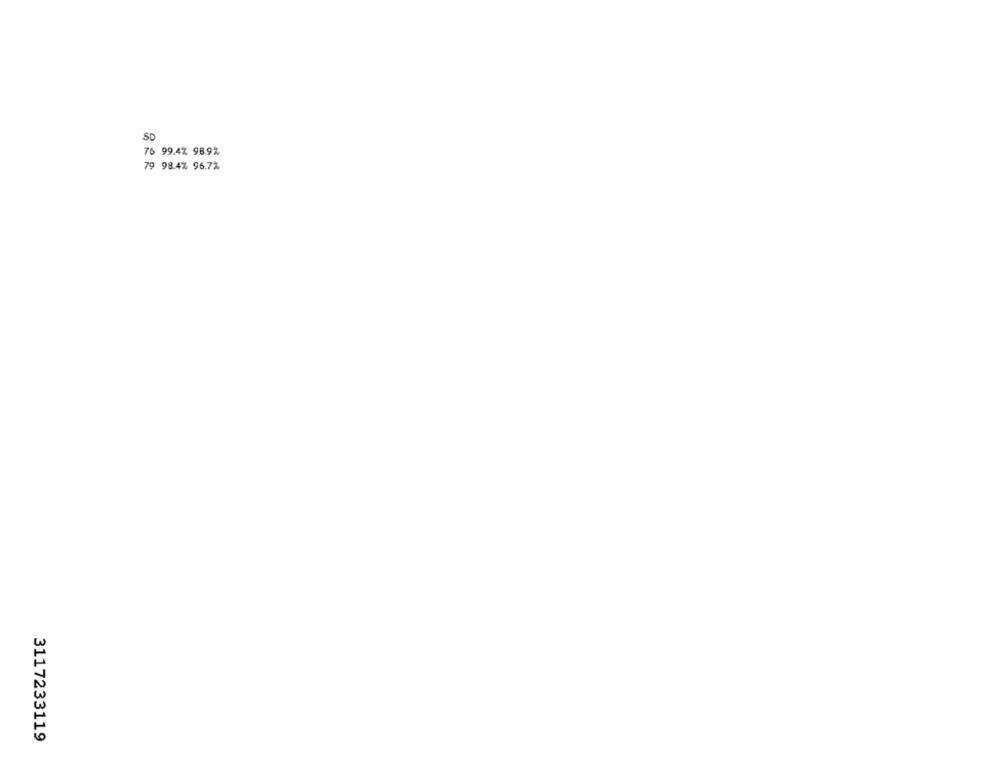
76 99.4% 98.97.
79 98.4% 96.7%
3117233119